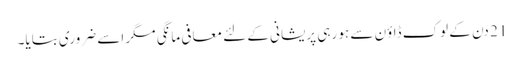
21 دن کے لوک ڈاؤن سے ہو رہی پریشانی کے لئے معافی مانگی مگر اسے ضروری بتایا۔